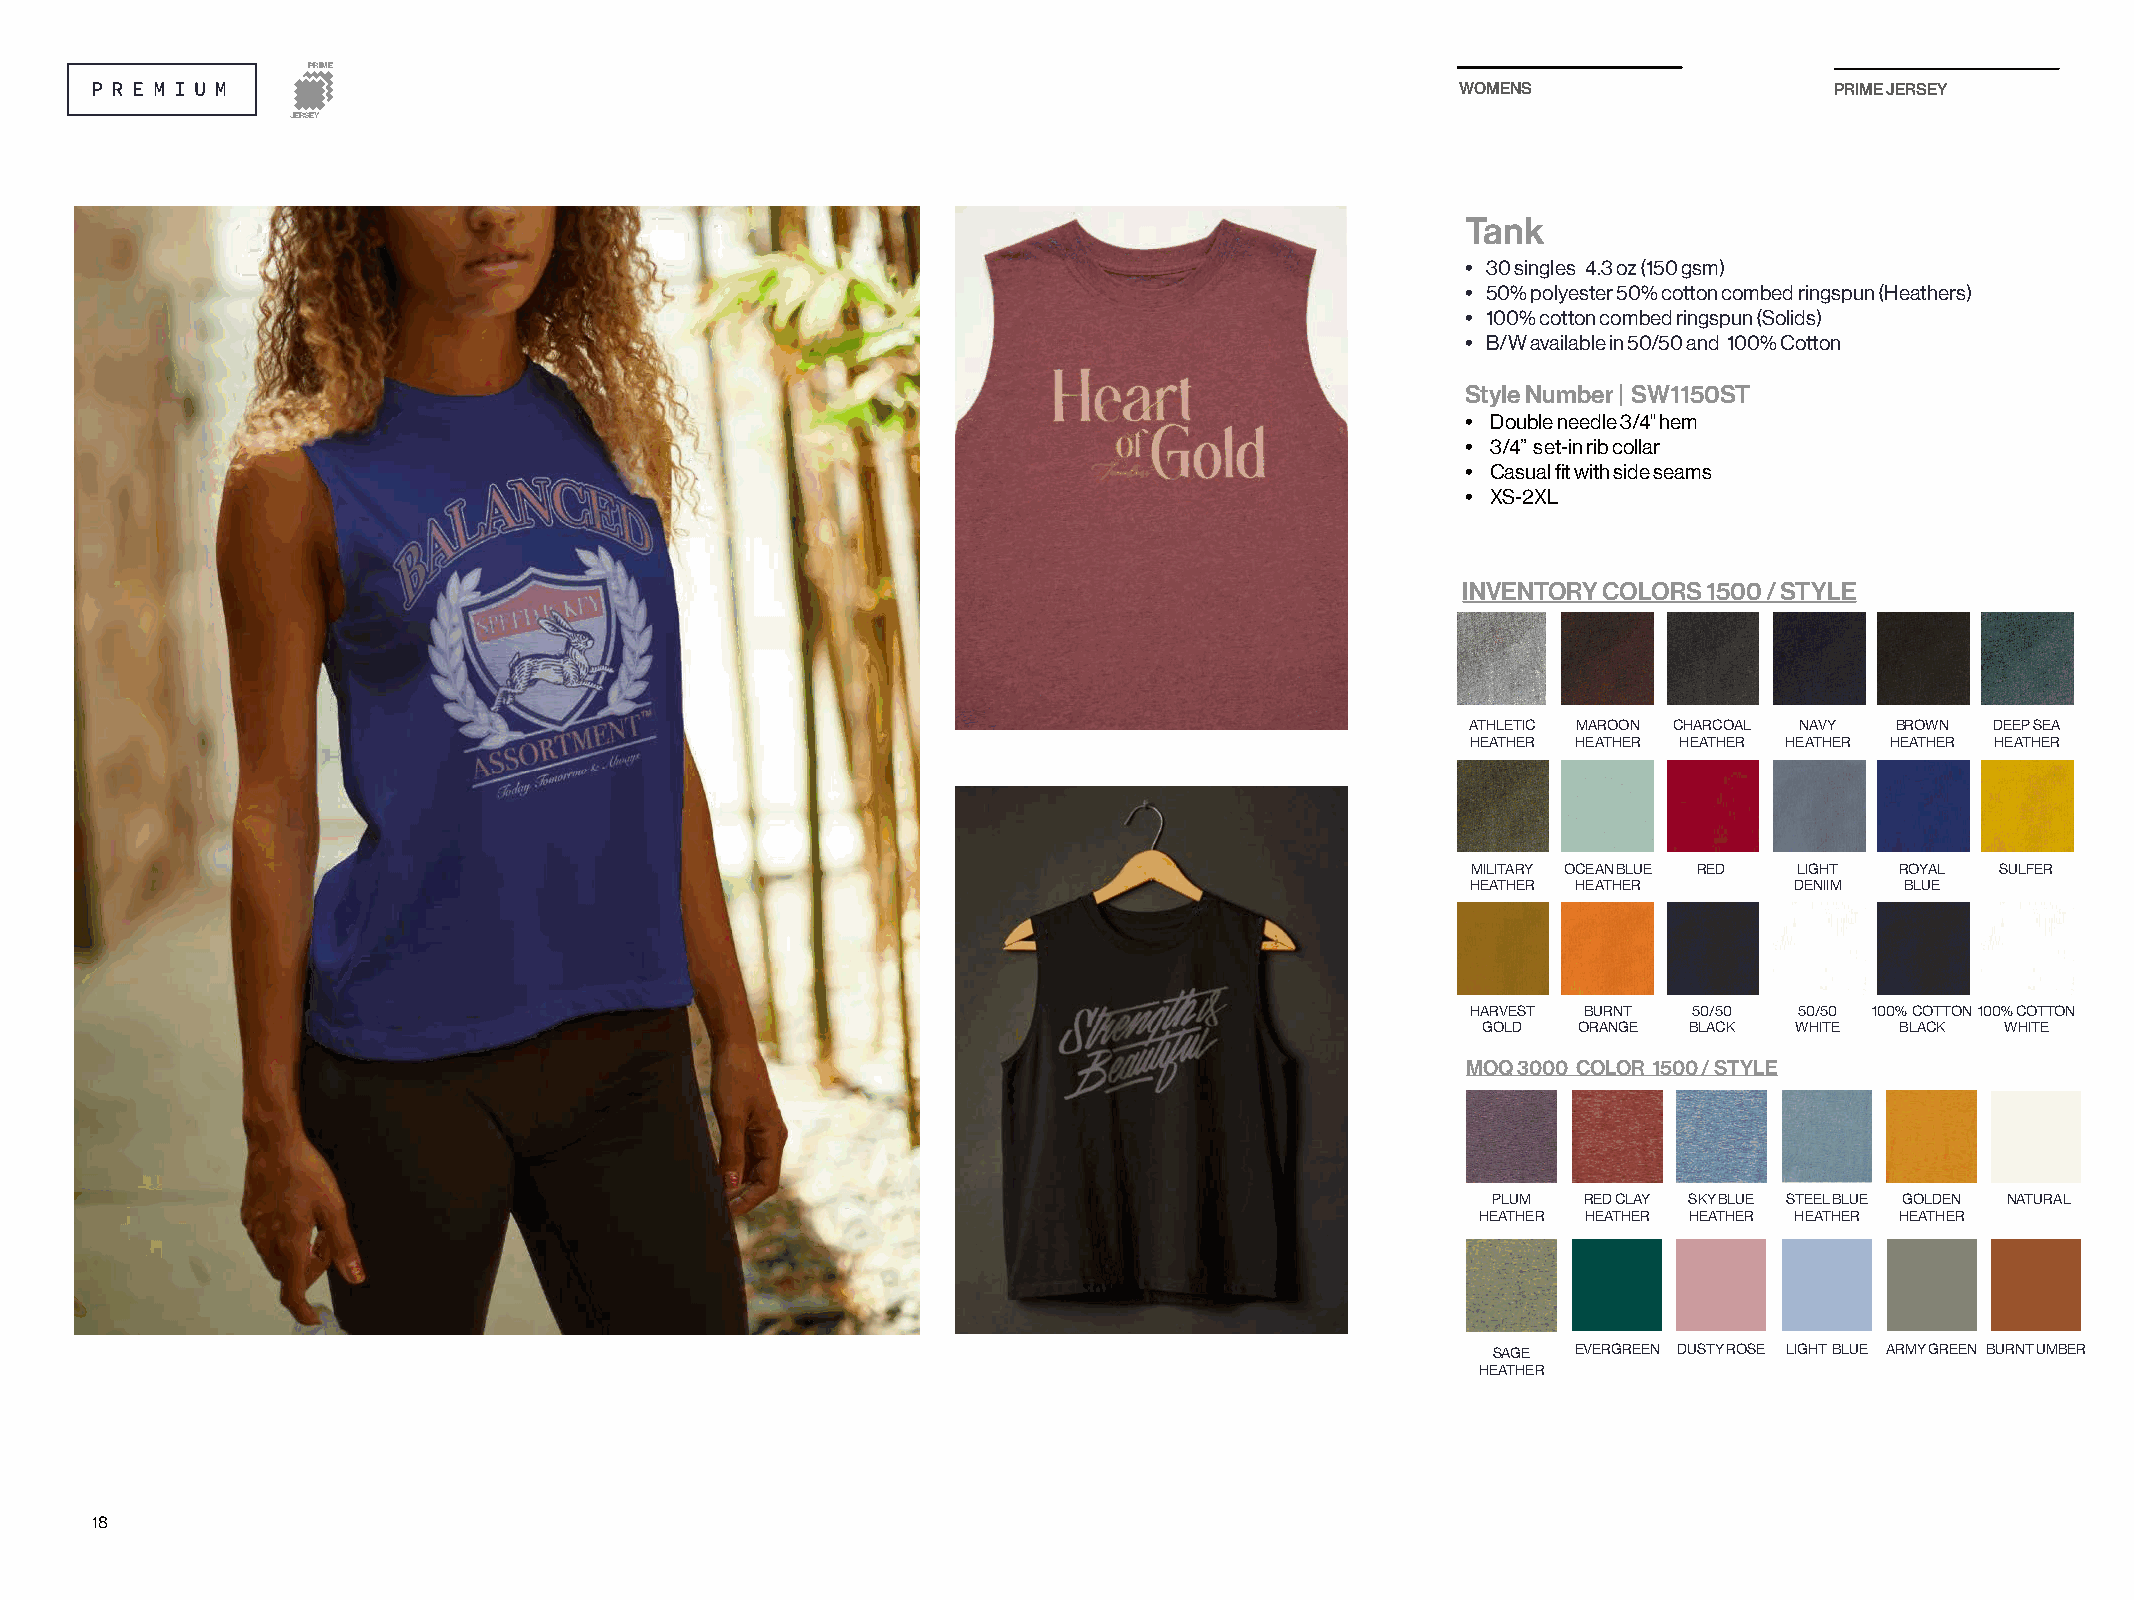
PRIME
 WOMENS                  PRIME JERSEY
 JERSEY
 Tank
 • 30 singles 4.3 oz (150 gsm)
 • 50% polyester 50% cotton combed ringspun (Heathers)
 • 100% cotton combed ringspun (Solids)
 • B/W available in 50/50 and 100% Cotton
 Style Number | SW1150ST
 • Double needle 3/4" hem
 • 3/4” set-in rib collar
 • Casual fit with side seams
 • XS-2XL
 INVENTORY COLORS 1500 / STYLE
 ATHLETIC MAROON CHARCOAL NAVY BROWN DEEP SEA
 HEATHER HEATHER HEATHER HEATHER HEATHER HEATHER
 MILITARY OCEAN BLUE RED LIGHT ROYAL SULFER
 HEATHER HEATHER       DENIIM BLUE
 HARVEST BURNT  50/50  50/50 100% COTTON 100% COTTON
 GOLD  ORANGE  BLACK  WHITE  BLACK  WHITE
 MOQ 3000 COLOR 1500 / STYLE
 PLUM  RED CLAY SKY BLUE STEEL BLUE GOLDEN NATURAL
 HEATHER HEATHER HEATHER HEATHER HEATHER
 SAGE EVERGREEN DUSTY ROSE LIGHT BLUE ARMY GREEN BURNT UMBER
 HEATHER
 18